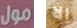
مول الا